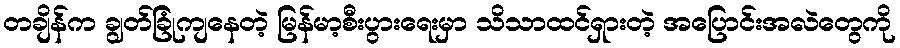
တချိန်က ချွတ်ခြုံကျနေတဲ့ မြန်မာ့စီးပွားရေးမှာ သိသာထင်ရှားတဲ့ အပြောင်းအလဲတွေကို